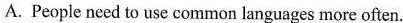
A. People need to use common languages more often.